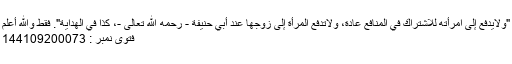
"ولايدفع إلى امرأته للاشتراك في المنافع عادة، ولاتدفع المرأة إلى زوجها عند أبي حنيفة - رحمه الله تعالى -، كذا في الهداية". فقط والله أعلم
فتوی نمبر : 144109200073